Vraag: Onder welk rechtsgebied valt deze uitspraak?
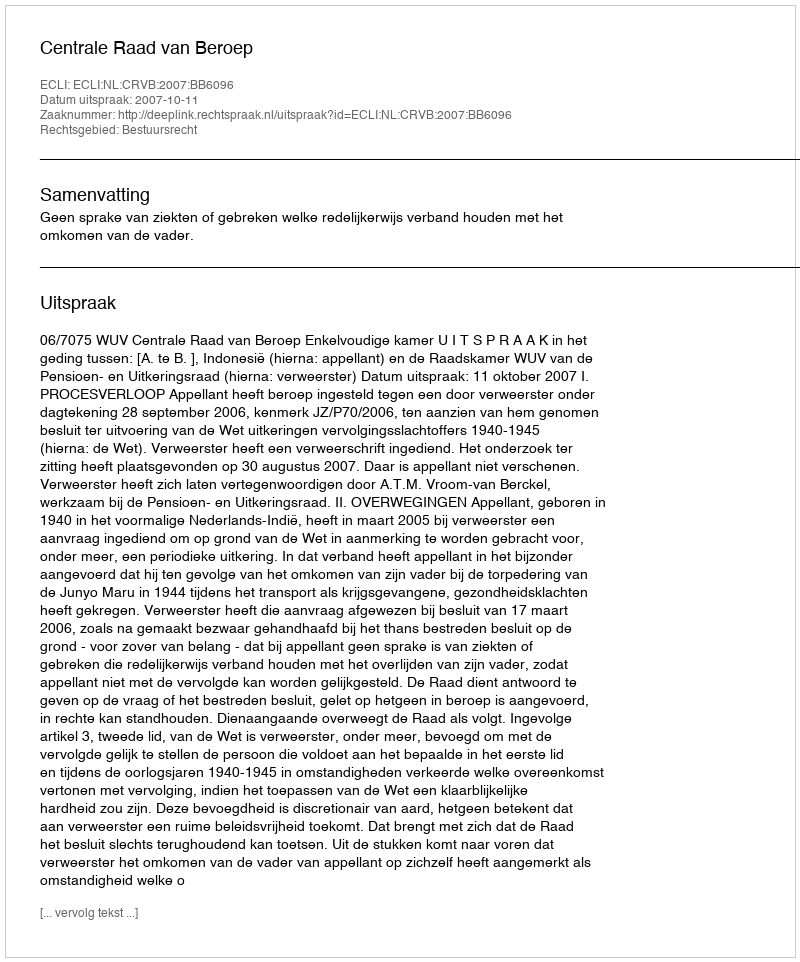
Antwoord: Bestuursrecht